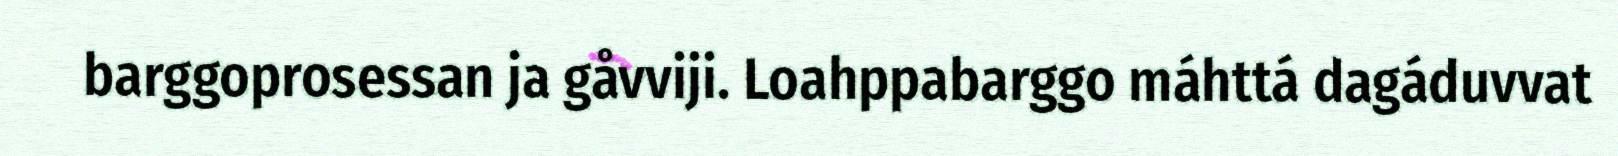
barggoprosessan ja gåvviji. Loahppabarggo máhttá dagáduvvat